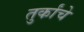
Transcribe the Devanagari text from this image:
तुर्कांचे